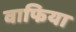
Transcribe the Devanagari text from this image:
वाफिया